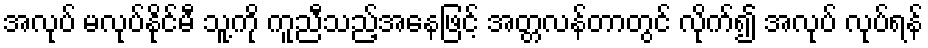
အလုပ် မလုပ်နိုင်မီ သူ့ကို ကူညီသည့်အနေဖြင့် အတ္တလန်တာတွင် လိုက်၍ အလုပ် လုပ်ရန်